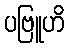
ပဗြူဟိ